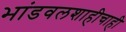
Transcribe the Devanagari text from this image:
भांडवलशाहीचाही